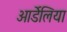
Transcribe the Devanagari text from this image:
आर्डेलिया